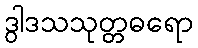
ဒွါဒသသုတ္တဓရော